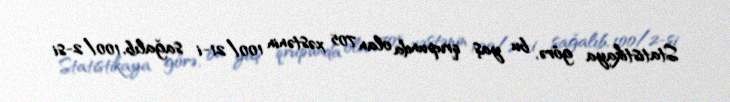
Statistikaya görə, bu yaş qrupunda olan 705 xəstənin 100/21-i sağalıb, 100/2-si